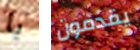
يا يقدمون